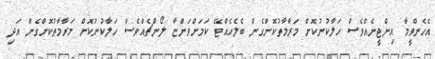
އެހެންވީމާ އިންޖީނެއްވެސް ހަލާކުނުކޮށް މަރާމާތުކޮށްގެން ބެލެހެއްޓޭ ކަމަށްވަންޏާ ލޯންޗެއްވެސް ހަލާކުނުކޮށް މަރާމާތުކޮށްގެން އަދި